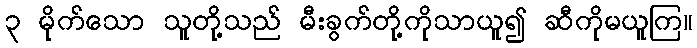
၃ မိုက်သော သူတို့သည် မီးခွက်တို့ကိုသာယူ၍ ဆီကိုမယူကြ။